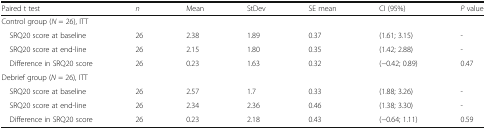
<table><thead><tr><td><b>Paired t test</b></td><td><b><i>n</i></b></td><td><b>Mean</b></td><td><b>StDev</b></td><td><b>SE mean</b></td><td><b>CI (95%)</b></td><td><b><i>P</i> value</b></td></tr></thead><tbody><tr><td colspan="7">Control group (<i>N</i> = 26), ITT</td></tr><tr><td> SRQ20 score at baseline</td><td>26</td><td>2.38</td><td>1.89</td><td>0.37</td><td>(1.61; 3.15)</td><td>-</td></tr><tr><td> SRQ20 score at end-line</td><td>26</td><td>2.15</td><td>1.80</td><td>0.35</td><td>(1.42; 2.88)</td><td>-</td></tr><tr><td> Difference in SRQ20 score</td><td>26</td><td>0.23</td><td>1.63</td><td>0.32</td><td>(−0.42; 0.89)</td><td>0.47</td></tr><tr><td colspan="7">Debrief group (<i>N</i> = 26), ITT</td></tr><tr><td> SRQ20 score at baseline</td><td>26</td><td>2.57</td><td>1.7</td><td>0.33</td><td>(1.88; 3.26)</td><td>-</td></tr><tr><td> SRQ20 score at end-line</td><td>26</td><td>2.34</td><td>2.36</td><td>0.46</td><td>(1.38; 3.30)</td><td>-</td></tr><tr><td> Difference in SRQ20 score</td><td>26</td><td>0.23</td><td>2.18</td><td>0.43</td><td>(−0.64; 1.11)</td><td>0.59</td></tr></tbody></table>